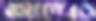
আন্দ্রের